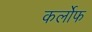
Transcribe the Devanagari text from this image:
कर्लोफ